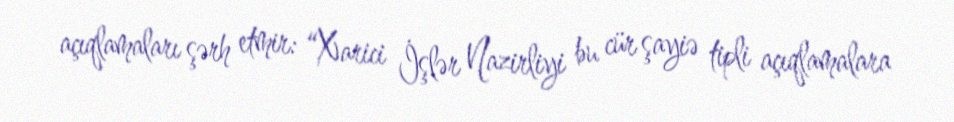
açıqlamaları şərh etmir: “Xarici İşlər Nazirliyi bu cür şayiə tipli açıqlamalara